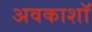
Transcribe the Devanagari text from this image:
अवकाशॉ